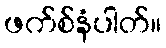
ဖက်စ်နံပါတ်။